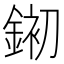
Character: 𮷱